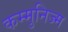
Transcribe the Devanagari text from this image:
कम्मुनिज्म